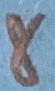
Text: 8